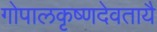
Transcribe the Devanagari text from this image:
गोपालकृष्णदेवतायै